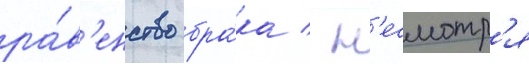
ра́в'енство бра́ка / н'есмотр'я